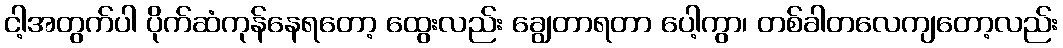
ငါ့အတွက်ပါ ပိုက်ဆံကုန်နေရတော့ ထွေးလည်း ချွေတာရတာ ပေါ့ကွာ၊ တစ်ခါတလေကျတော့လည်း